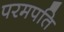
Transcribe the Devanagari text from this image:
परमपति